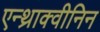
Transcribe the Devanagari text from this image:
एन्थ्राक्वीनिन